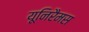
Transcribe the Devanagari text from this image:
यूनिरैमस